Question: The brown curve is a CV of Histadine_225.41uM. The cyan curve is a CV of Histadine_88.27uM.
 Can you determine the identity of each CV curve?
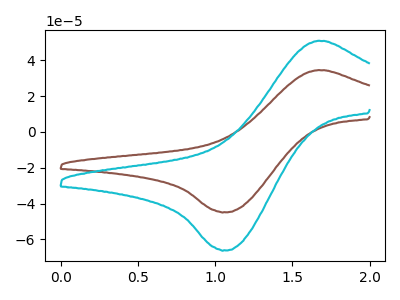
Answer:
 <answer>The brown curve is labeled "Histadine_225.41uM". The cyan curve is labeled "Histadine_88.27uM".</answer>
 <eval></eval>